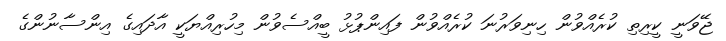
ޖޭވަނީ ކީރިތި ކުރެއްވުން ހިނިވަރުނަ ކުރެއްވުން ފައިންޕުޅު ބީއްސެވުން މިހުރިއްޔަކީ އާދައިގެ އިންސާނުންގެ